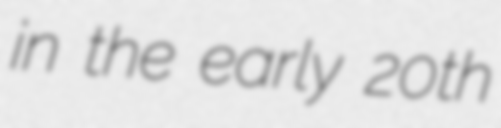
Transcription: in the early 20th